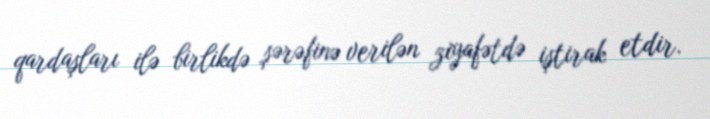
qardaşları ilə birlikdə şərəfinə verilən ziyafətdə iştirak etdir.